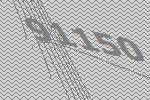
91150